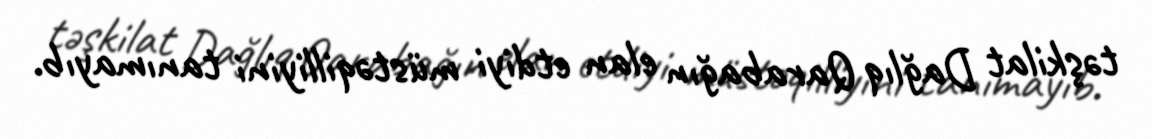
təşkilat Dağlıq Qarabağın elan etdiyi müstəqilliyini tanımayıb.